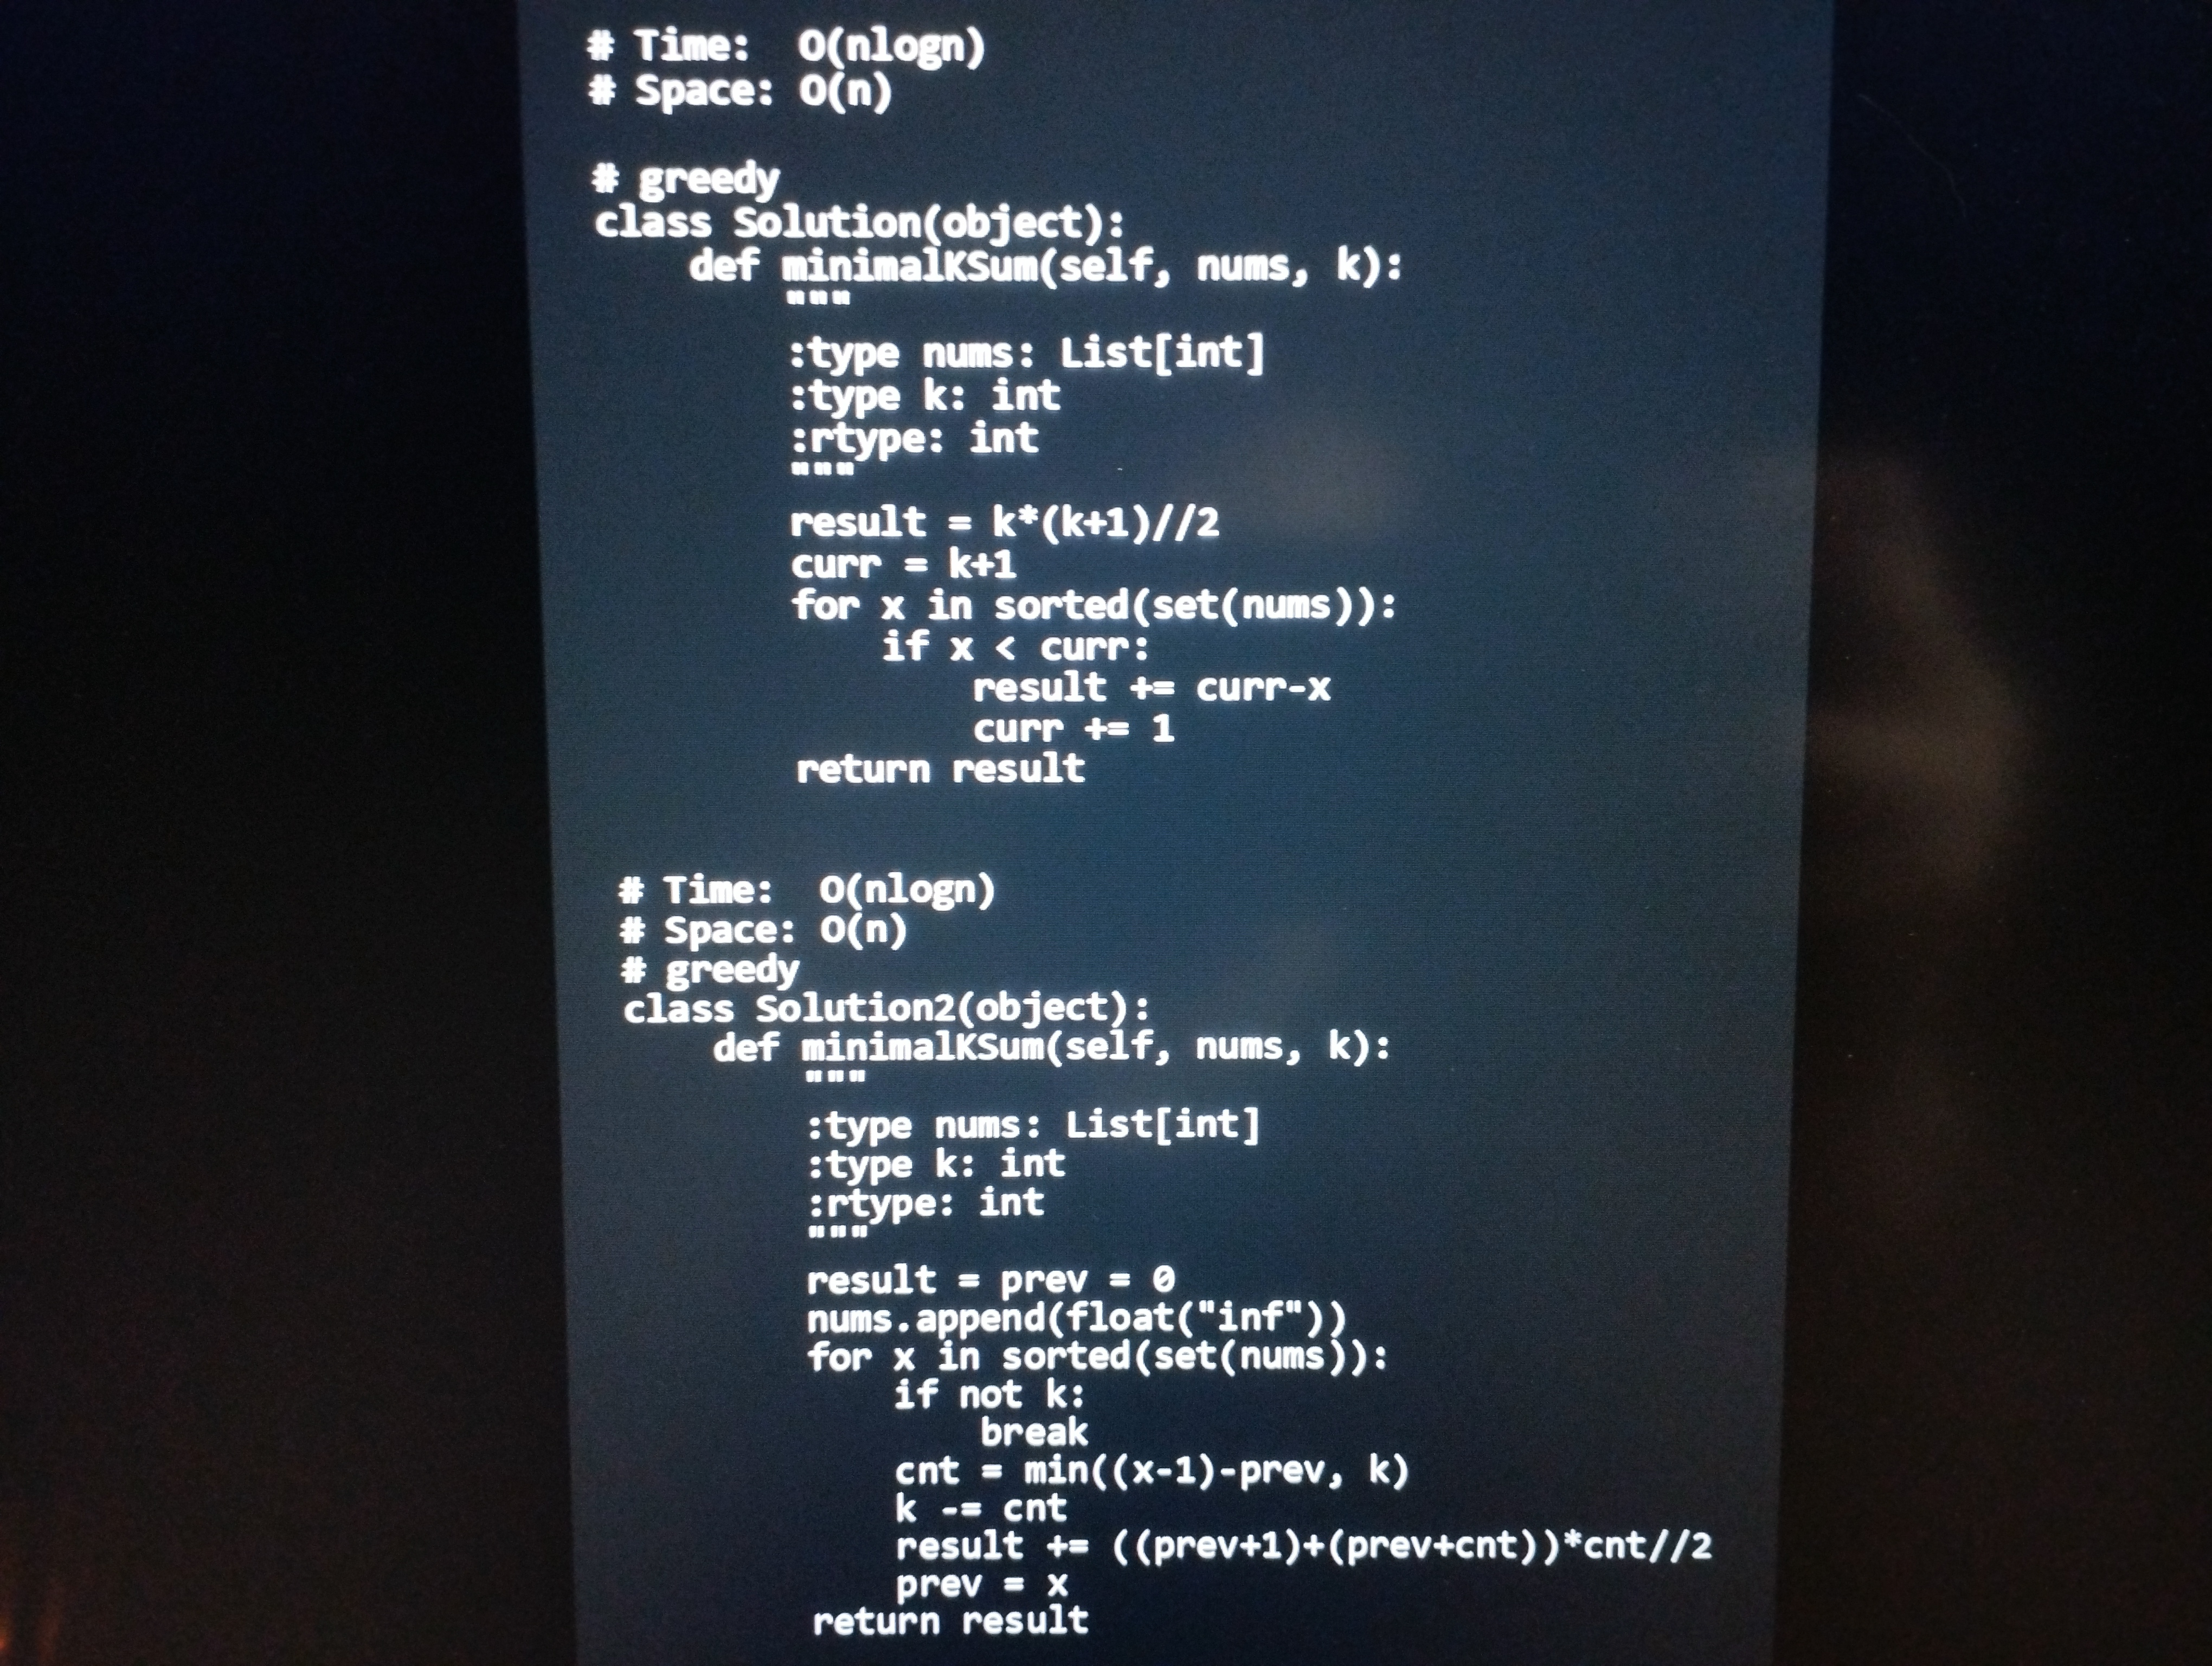
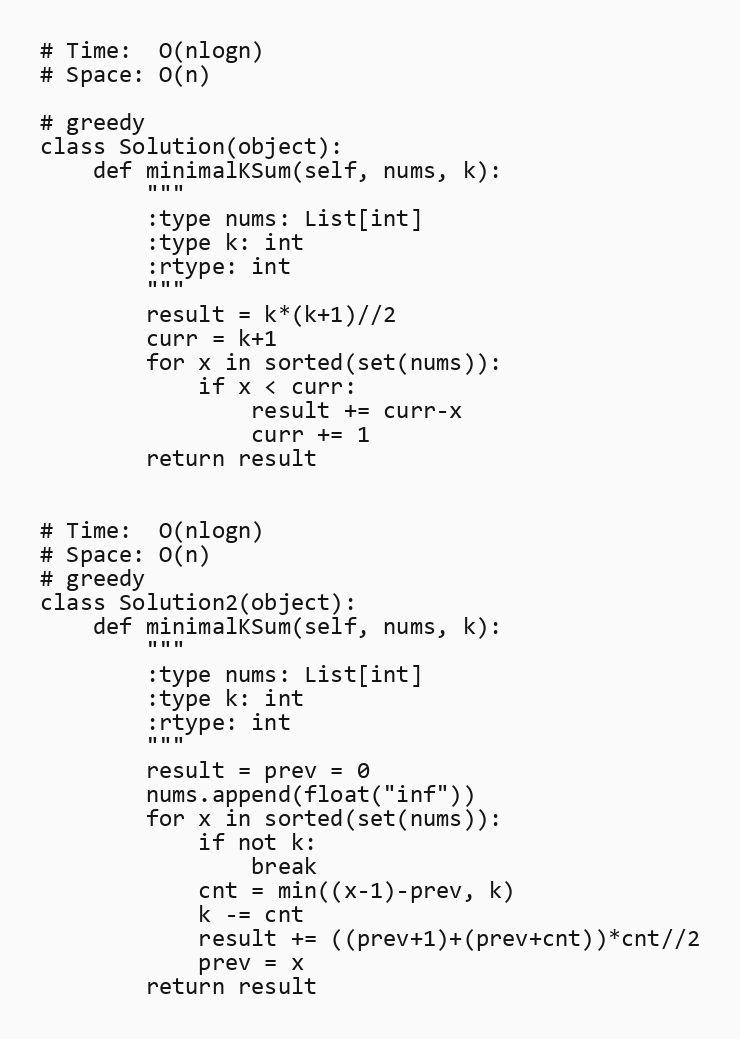
# Time:  O(nlogn)
# Space: O(n)

# greedy
class Solution(object):
    def minimalKSum(self, nums, k):
        """
        :type nums: List[int]
        :type k: int
        :rtype: int
        """
        result = k*(k+1)//2
        curr = k+1
        for x in sorted(set(nums)):
            if x < curr:
                result += curr-x
                curr += 1
        return result

# Time:  O(nlogn)
# Space: O(n)
# greedy
class Solution2(object):
    def minimalKSum(self, nums, k):
        """
        :type nums: List[int]
        :type k: int
        :rtype: int
        """
        result = prev = 0
        nums.append(float("inf"))
        for x in sorted(set(nums)):
            if not k:
                break
            cnt = min((x-1)-prev, k)
            k -= cnt
            result += ((prev+1)+(prev+cnt))*cnt//2
            prev = x
        return result